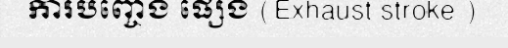
ការបញ្ចេង ផ្សេង (Exhaust stroke )